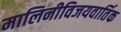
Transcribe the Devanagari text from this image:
मालिनीविजयवार्तिक